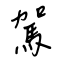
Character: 駕